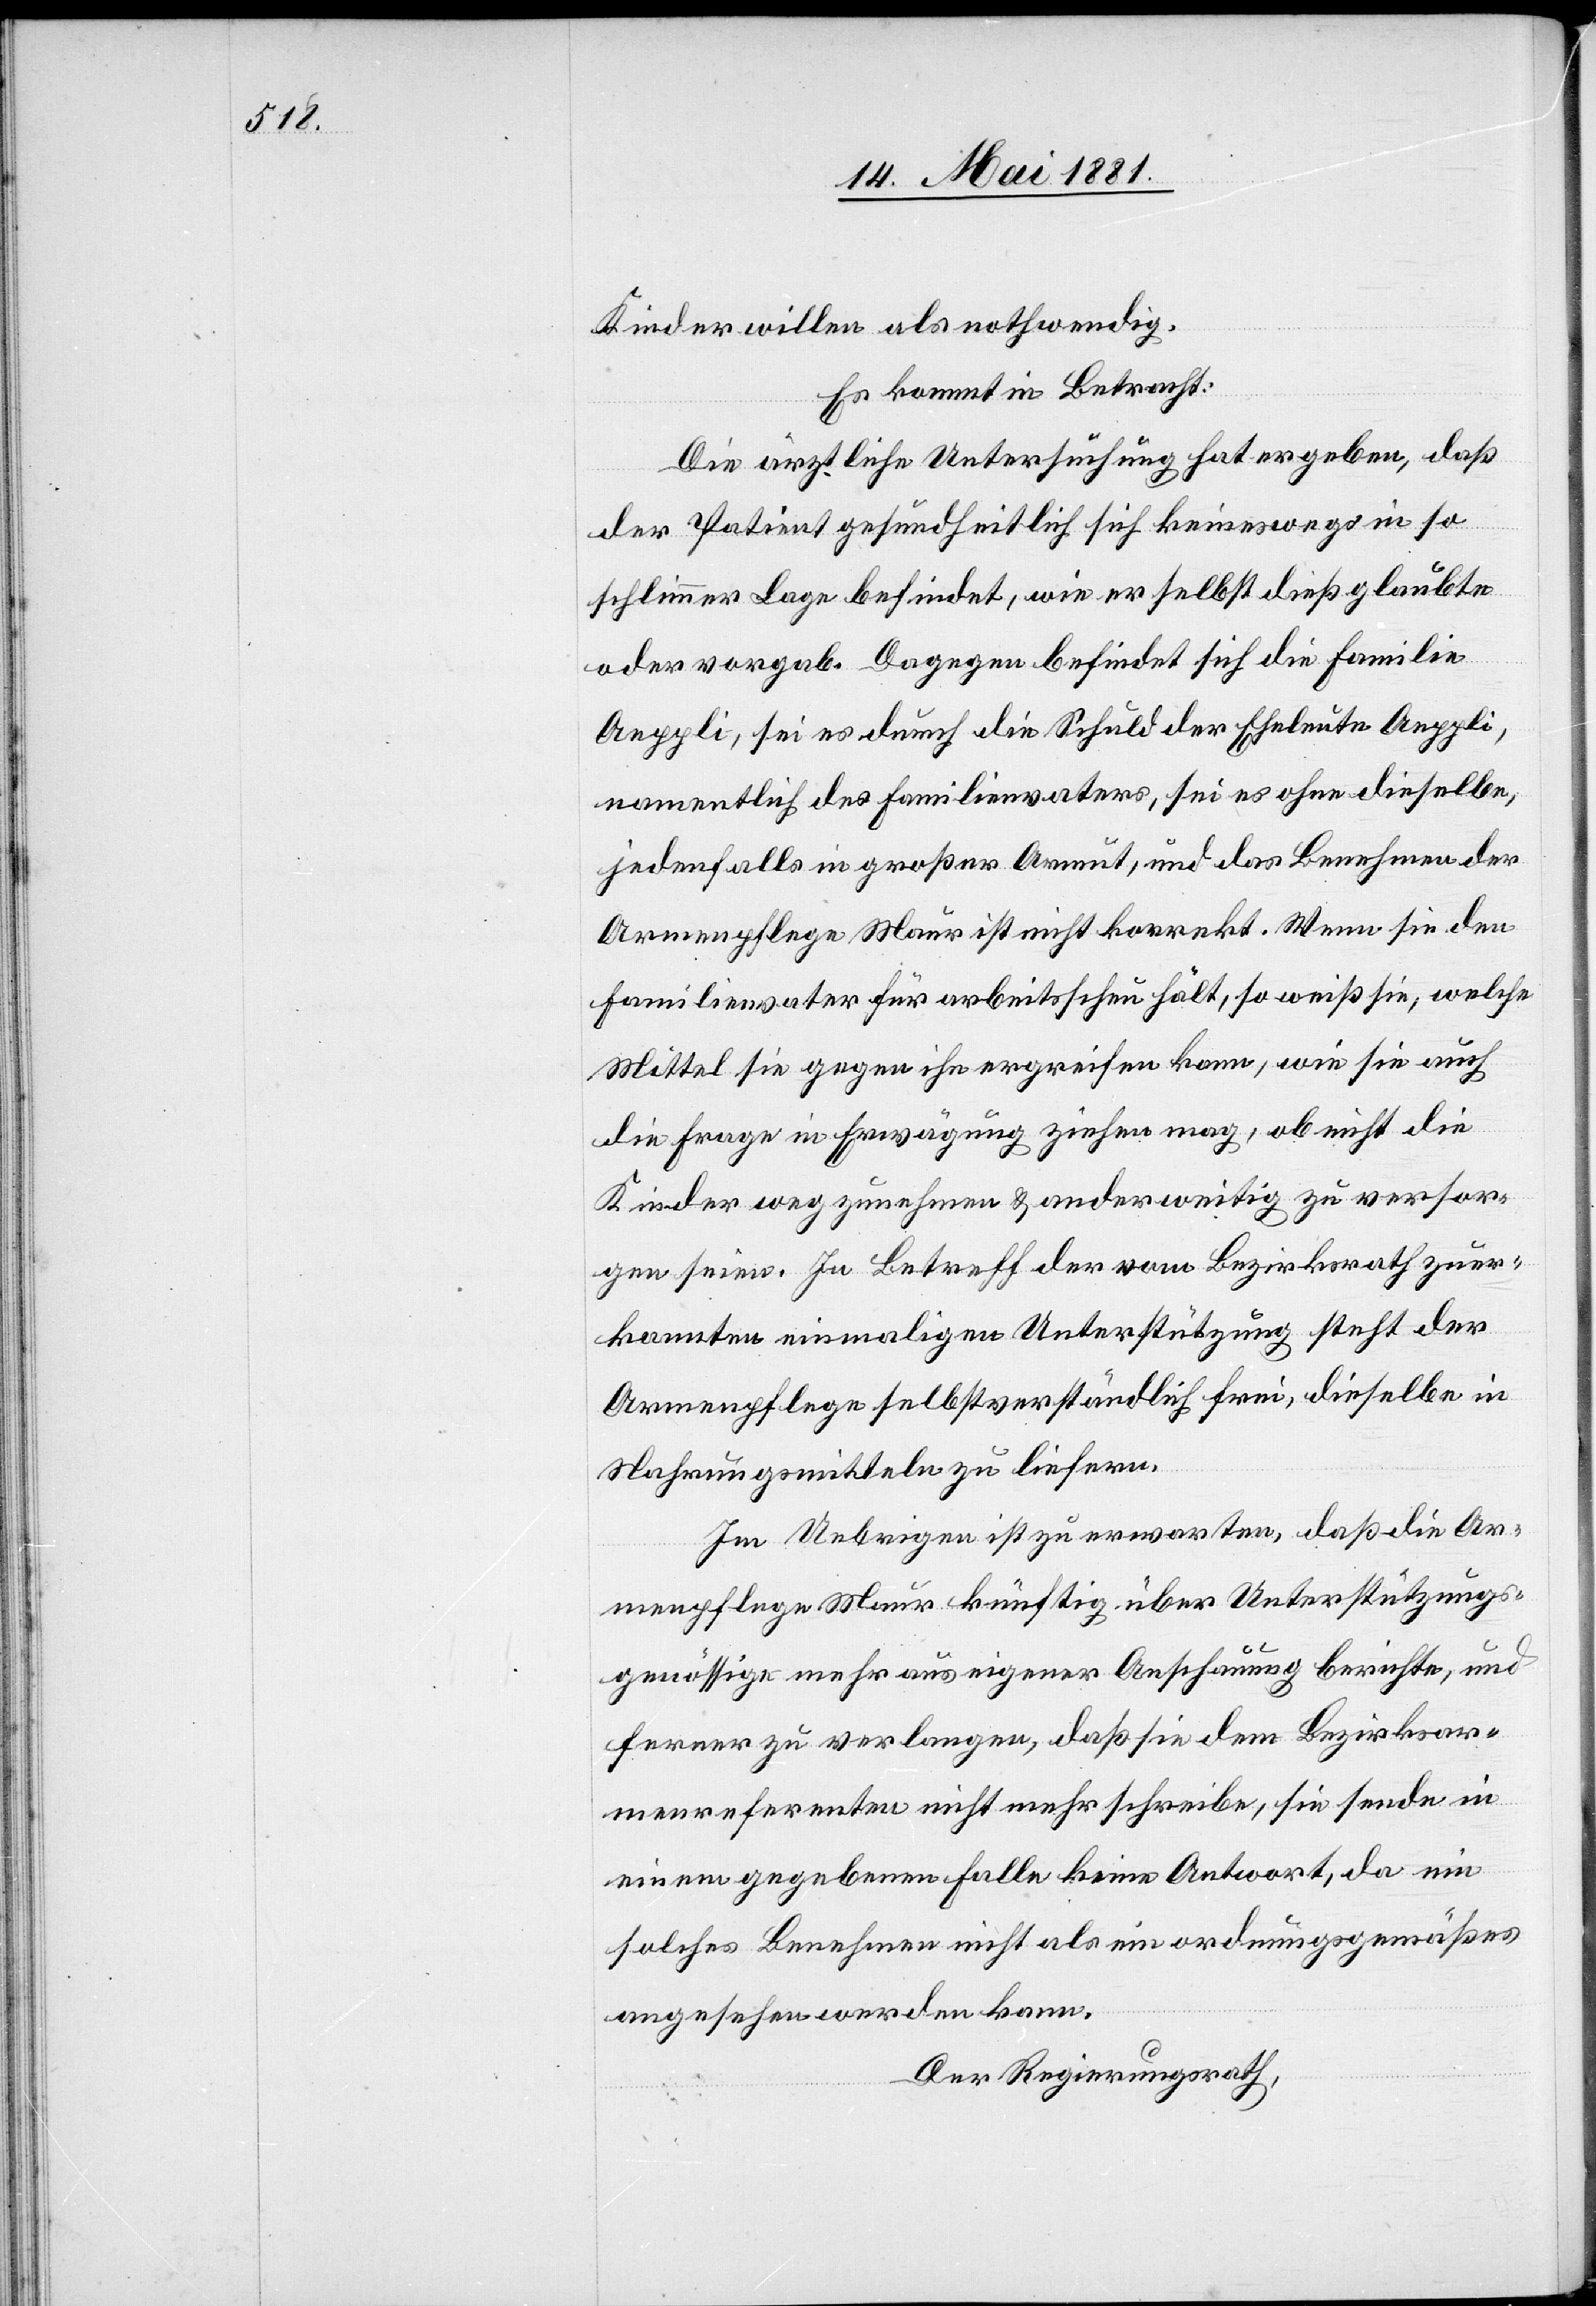
Kinder willen als nothwendig.
Es kommt in Betracht:
Die ärztliche Untersuchung hat ergeben, daß
der Patient gesundheitlich sich keineswegs in so
schlimmer Lage befindet, wie er selbst dieß glaubte
oder vorgab. Dagegen befindet sich die Familie
Aeppli, sei es durch die Schuld der Eheleute Aeppli
namentlich des Familienvaters, sei es ohne dieselbe,
jedenfalls in großer Armut, und das Benehmen der
Armenpflege Maur ist nicht korrekt. Wenn sie den
Familienvater für arbeitsscheu hält, so weiß sie, welche
Mittel sie gegen ihn ergreifen kann, wie sie auch
die Frage in Erwägung ziehen mag, ob nicht die
Kinder wegzunehmen & anderweitig zu versor¬
gen seien. In Betreff der vom Bezirksrath zuer¬
kannten einmaligen Unterstützung steht der
Armenpflege selbstverständlich frei, dieselbe in
Nahrungsmitteln zu liefern
Im Uebrigen ist zu erwarten, daß die Ar¬
menpflege Maur künftig über Unterstützungs¬
genössige mehr aus eigener Anschauung berichte, und
ferner zu verlangen, daß sie dem Bezirksar¬
menreferenten nicht mehr schreibe, sie sende in
einem gegebenen Falle keine Antwort, da ein
solches Benehmen nicht als ein ordnungsgemäßes
angesehen werden kann.
Der Regierungsrath,